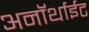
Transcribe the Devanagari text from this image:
अनॉर्थाईट